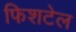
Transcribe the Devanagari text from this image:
फिशटेल